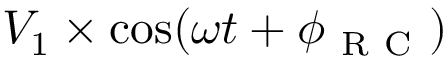
V _ { 1 } \times \cos ( \omega t + \phi _ { \mathrm { ~ R ~ C ~ } } )